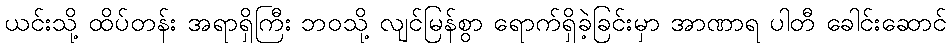
ယင်းသို့ ထိပ်တန်း အရာရှိကြီး ဘဝသို့ လျင်မြန်စွာ ရောက်ရှိခဲ့ခြင်းမှာ အာဏာရ ပါတီ ခေါင်းဆောင်